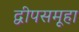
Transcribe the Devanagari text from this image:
द्वीपसमूहा